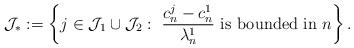
LaTeX: \begin{align*}\mathcal{J}_{\ast}:=\left\{j\in \mathcal{J}_1\cup \mathcal{J}_2:\,\,\frac{c^j_n-c^1_n}{\lambda^1_n}\,\,{\rm is\,\,bounded\,\,in\,\,}n\right\}.\end{align*}